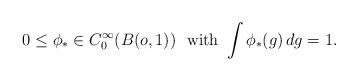
LaTeX: \begin{align*}0 \leq \phi_* \in C_0^{\infty}(B(o, 1)) \ \mbox{ with } \int \phi_*(g) \, dg = 1.\end{align*}